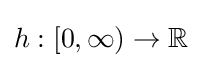
h:[0,\infty )\to \mathbb {R}